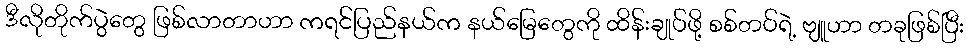
ဒီလိုတိုက်ပွဲတွေ ဖြစ်လာတာဟာ ကရင်ပြည်နယ်က နယ်မြေတွေကို ထိန်းချုပ်ဖို့ စစ်တပ်ရဲ့ ဗျူဟာ တခုဖြစ်ပြီး